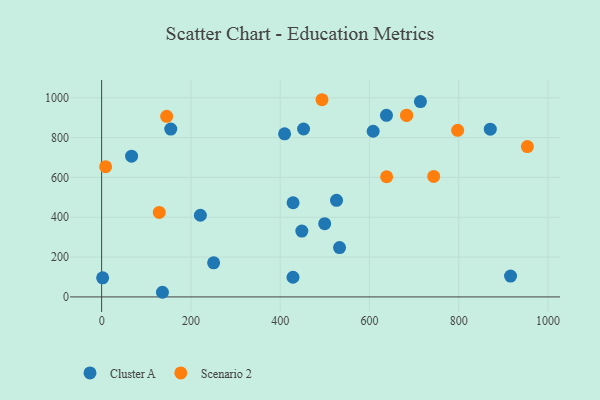
{"axis": {"x": "Price", "y": "Rating"}, "legend": ["Cluster A", "Scenario 2"], "data": [{"x": "916.1", "y": 104.4, "type": "Cluster A"}, {"x": "638.1", "y": 911.5, "type": "Cluster A"}, {"x": "409.9", "y": 818.7, "type": "Cluster A"}, {"x": "221.2", "y": 410.1, "type": "Cluster A"}, {"x": "452.4", "y": 843.0, "type": "Cluster A"}, {"x": "526.2", "y": 484.7, "type": "Cluster A"}, {"x": "499.7", "y": 367.5, "type": "Cluster A"}, {"x": "67.1", "y": 706.6, "type": "Cluster A"}, {"x": "2.2", "y": 95.7, "type": "Cluster A"}, {"x": "448.5", "y": 330.8, "type": "Cluster A"}, {"x": "250.9", "y": 171.1, "type": "Cluster A"}, {"x": "870.7", "y": 842.2, "type": "Cluster A"}, {"x": "136.2", "y": 23.3, "type": "Cluster A"}, {"x": "533.0", "y": 247.7, "type": "Cluster A"}, {"x": "428.9", "y": 472.7, "type": "Cluster A"}, {"x": "428.7", "y": 98.8, "type": "Cluster A"}, {"x": "714.2", "y": 980.8, "type": "Cluster A"}, {"x": "608.3", "y": 831.7, "type": "Cluster A"}, {"x": "154.8", "y": 842.5, "type": "Cluster A"}, {"x": "953.8", "y": 754.6, "type": "Scenario 2"}, {"x": "129.1", "y": 424.0, "type": "Scenario 2"}, {"x": "145.7", "y": 906.7, "type": "Scenario 2"}, {"x": "8.9", "y": 653.6, "type": "Scenario 2"}, {"x": "493.7", "y": 990.0, "type": "Scenario 2"}, {"x": "743.9", "y": 604.9, "type": "Scenario 2"}, {"x": "638.5", "y": 603.4, "type": "Scenario 2"}, {"x": "683.0", "y": 911.3, "type": "Scenario 2"}, {"x": "683.5", "y": 912.0, "type": "Scenario 2"}, {"x": "797.6", "y": 836.6, "type": "Scenario 2"}]}